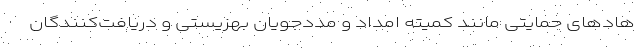
هادهای حمایتی مانند کمیته امداد و مددجویان بهزیستی و دریافت‌کنندگان